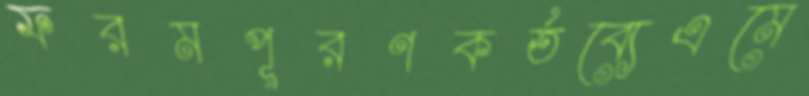
ফরমপূরণকর্তব্যেএমে